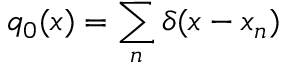
q _ { 0 } ( x ) = \sum _ { n } \delta ( x - x _ { n } )